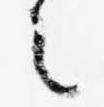
之